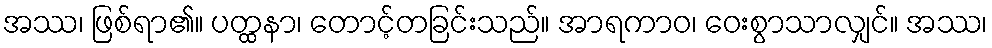
အဿ၊ ဖြစ်ရာ၏။ ပတ္ထနာ၊ တောင့်တခြင်းသည်။ အာရကာဝ၊ ဝေးစွာသာလျှင်။ အဿ၊